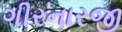
ગીરનારજી